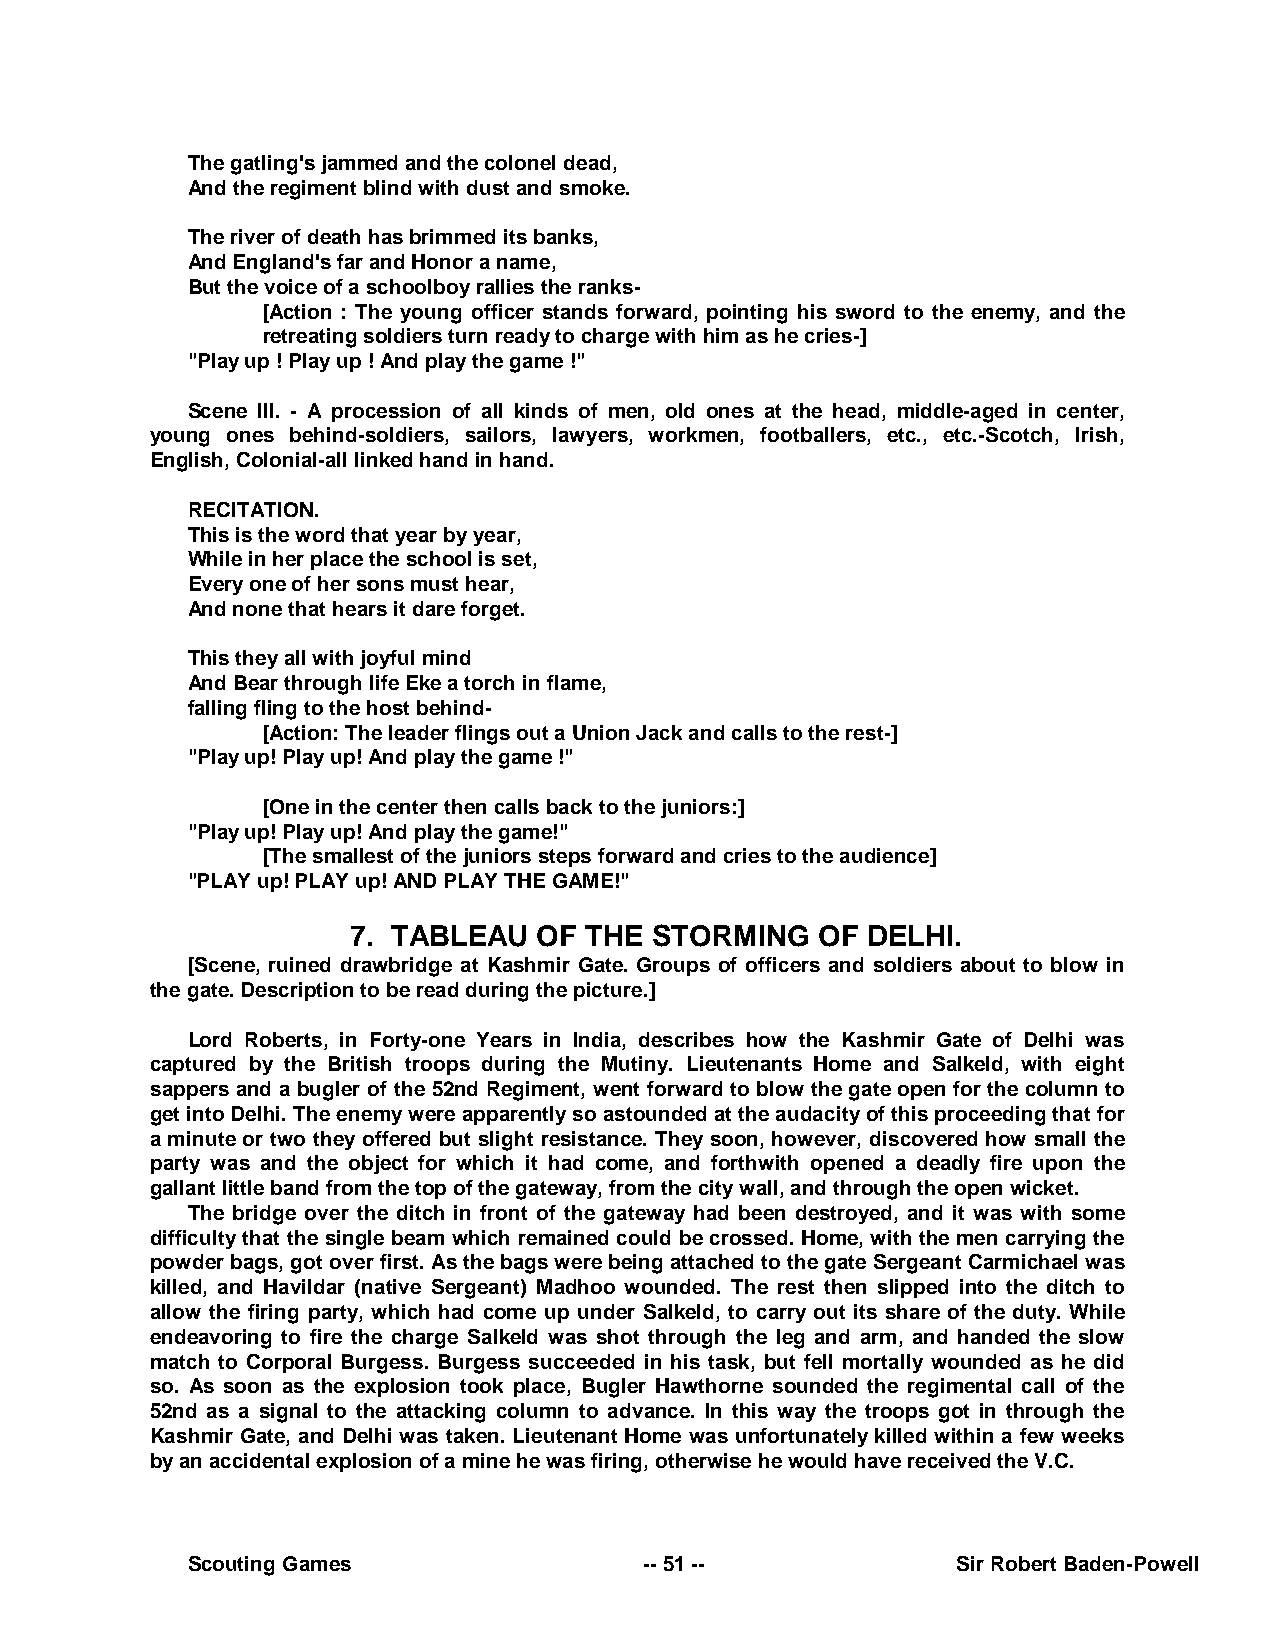
The gatling's jammed and the colonel dead,
 And the regiment blind with dust and smoke.
 The river of death has brimmed its banks,
 And England's far and Honor a name,
 But the voice of a schoolboy rallies the ranks-
 [Action : The young officer stands forward, pointing his sword to the enemy, and the
 retreating soldiers turn ready to charge with him as he cries-]
 "Play up ! Play up ! And play the game !"
 Scene III. - A procession of all kinds of men, old ones at the head, middle-aged in center,
 young ones behind-soldiers, sailors, lawyers, workmen, footballers, etc., etc.-Scotch, Irish,
 English, Colonial-all linked hand in hand.
 RECITATION.
 This is the word that year by year,
 While in her place the school is set,
 Every one of her sons must hear,
 And none that hears it dare forget.
 This they all with joyful mind
 And Bear through life Eke a torch in flame,
 falling fling to the host behind-
 [Action: The leader flings out a Union Jack and calls to the rest-]
 "Play up! Play up! And play the game !"
 [One in the center then calls back to the juniors:]
 "Play up! Play up! And play the game!"
 [The smallest of the juniors steps forward and cries to the audience]
 "PLAY up! PLAY up! AND PLAY THE GAME!"
 7. TABLEAU   OF THE STORMING   OF DELHI.
 [Scene, ruined drawbridge at Kashmir Gate. Groups of officers and soldiers about to blow in
 the gate. Description to be read during the picture.]
 Lord Roberts, in Forty-one Years in India, describes how the Kashmir Gate of Delhi was
 captured by the British troops during the Mutiny. Lieutenants Home and Salkeld, with eight
 sappers and a bugler of the 52nd Regiment, went forward to blow the gate open for the column to
 get into Delhi. The enemy were apparently so astounded at the audacity of this proceeding that for
 a minute or two they offered but slight resistance. They soon, however, discovered how small the
 party was and the object for which it had come, and forthwith opened a deadly fire upon the
 gallant little band from the top of the gateway, from the city wall, and through the open wicket.
 The bridge over the ditch in front of the gateway had been destroyed, and it was with some
 difficulty that the single beam which remained could be crossed. Home, with the men carrying the
 powder bags, got over first. As the bags were being attached to the gate Sergeant Carmichael was
 killed, and Havildar (native Sergeant) Madhoo wounded. The rest then slipped into the ditch to
 allow the firing party, which had come up under Salkeld, to carry out its share of the duty. While
 endeavoring to fire the charge Salkeld was shot through the leg and arm, and handed the slow
 match to Corporal Burgess. Burgess succeeded in his task, but fell mortally wounded as he did
 so. As soon as the explosion took place, Bugler Hawthorne sounded the regimental call of the
 52nd as a signal to the attacking column to advance. In this way the troops got in through the
 Kashmir Gate, and Delhi was taken. Lieutenant Home was unfortunately killed within a few weeks
 by an accidental explosion of a mine he was firing, otherwise he would have received the V.C.
 Scouting Games                 -- 51 --            Sir Robert Baden-Powell